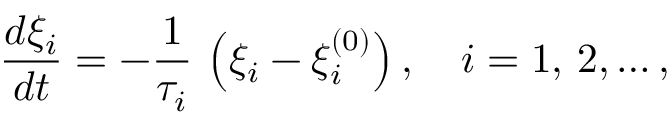
{ \frac { d \xi _ { i } } { d t } } = - { \frac { 1 } { \tau _ { i } } } \, \left( \xi _ { i } - \xi _ { i } ^ { ( 0 ) } \right) , \quad i = 1 , \, 2 , \ldots ,